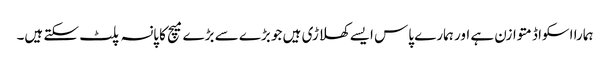
ہمارا اسکواڈ متوازن ہے اور ہمارے پاس ایسے کھلاڑی ہیں جو بڑے سے بڑے میچ کا پانسہ پلٹ سکتے ہیں۔